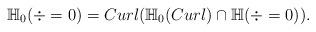
LaTeX: \begin{align*}\mathbb{H}_0(\div=0)=Curl(\mathbb{H}_0(Curl)\cap \mathbb{H}(\div=0)).\end{align*}